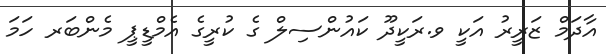
އާދަމް ޒަރީރު އަކީ ވ.ރަކީދޫ ކައުންސިލް ގެ ކުރީގެ އެމްޑީޕީ މެންބަރ ހަމަ